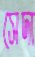
সেদা